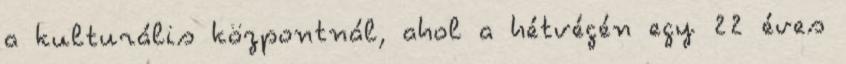
a kulturális központnál, ahol a hétvégén egy 22 éves